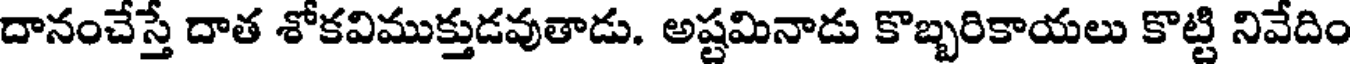
దానంచేస్తే దాత శోకవిముక్తుడవుతాడు. అష్టమినాడు కొబ్బరికాయలు కొట్టి నివేదిం